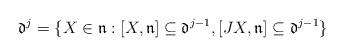
LaTeX: \begin{align*} \mathfrak{d}^j = \{ X \in \mathfrak{n} : [X,\mathfrak{n}] \subseteq \mathfrak{d}^{j-1} , [JX,\mathfrak{n}] \subseteq \mathfrak{d}^{j-1} \} \end{align*}